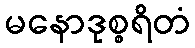
မနောဒုစ္စရိတံ